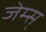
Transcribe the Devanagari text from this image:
जेम्स्